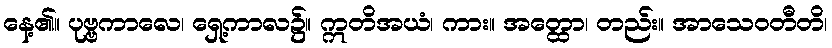
နေ့၏။ ပုဗ္ဗကာလေ၊ ရှေ့ကာလ၌။ ဣတိအယံ၊ ကား။ အတ္ထော၊ တည်း။ အာသေဝတီတိ၊